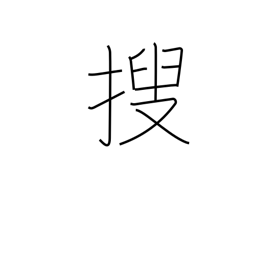
Meaning: investigate